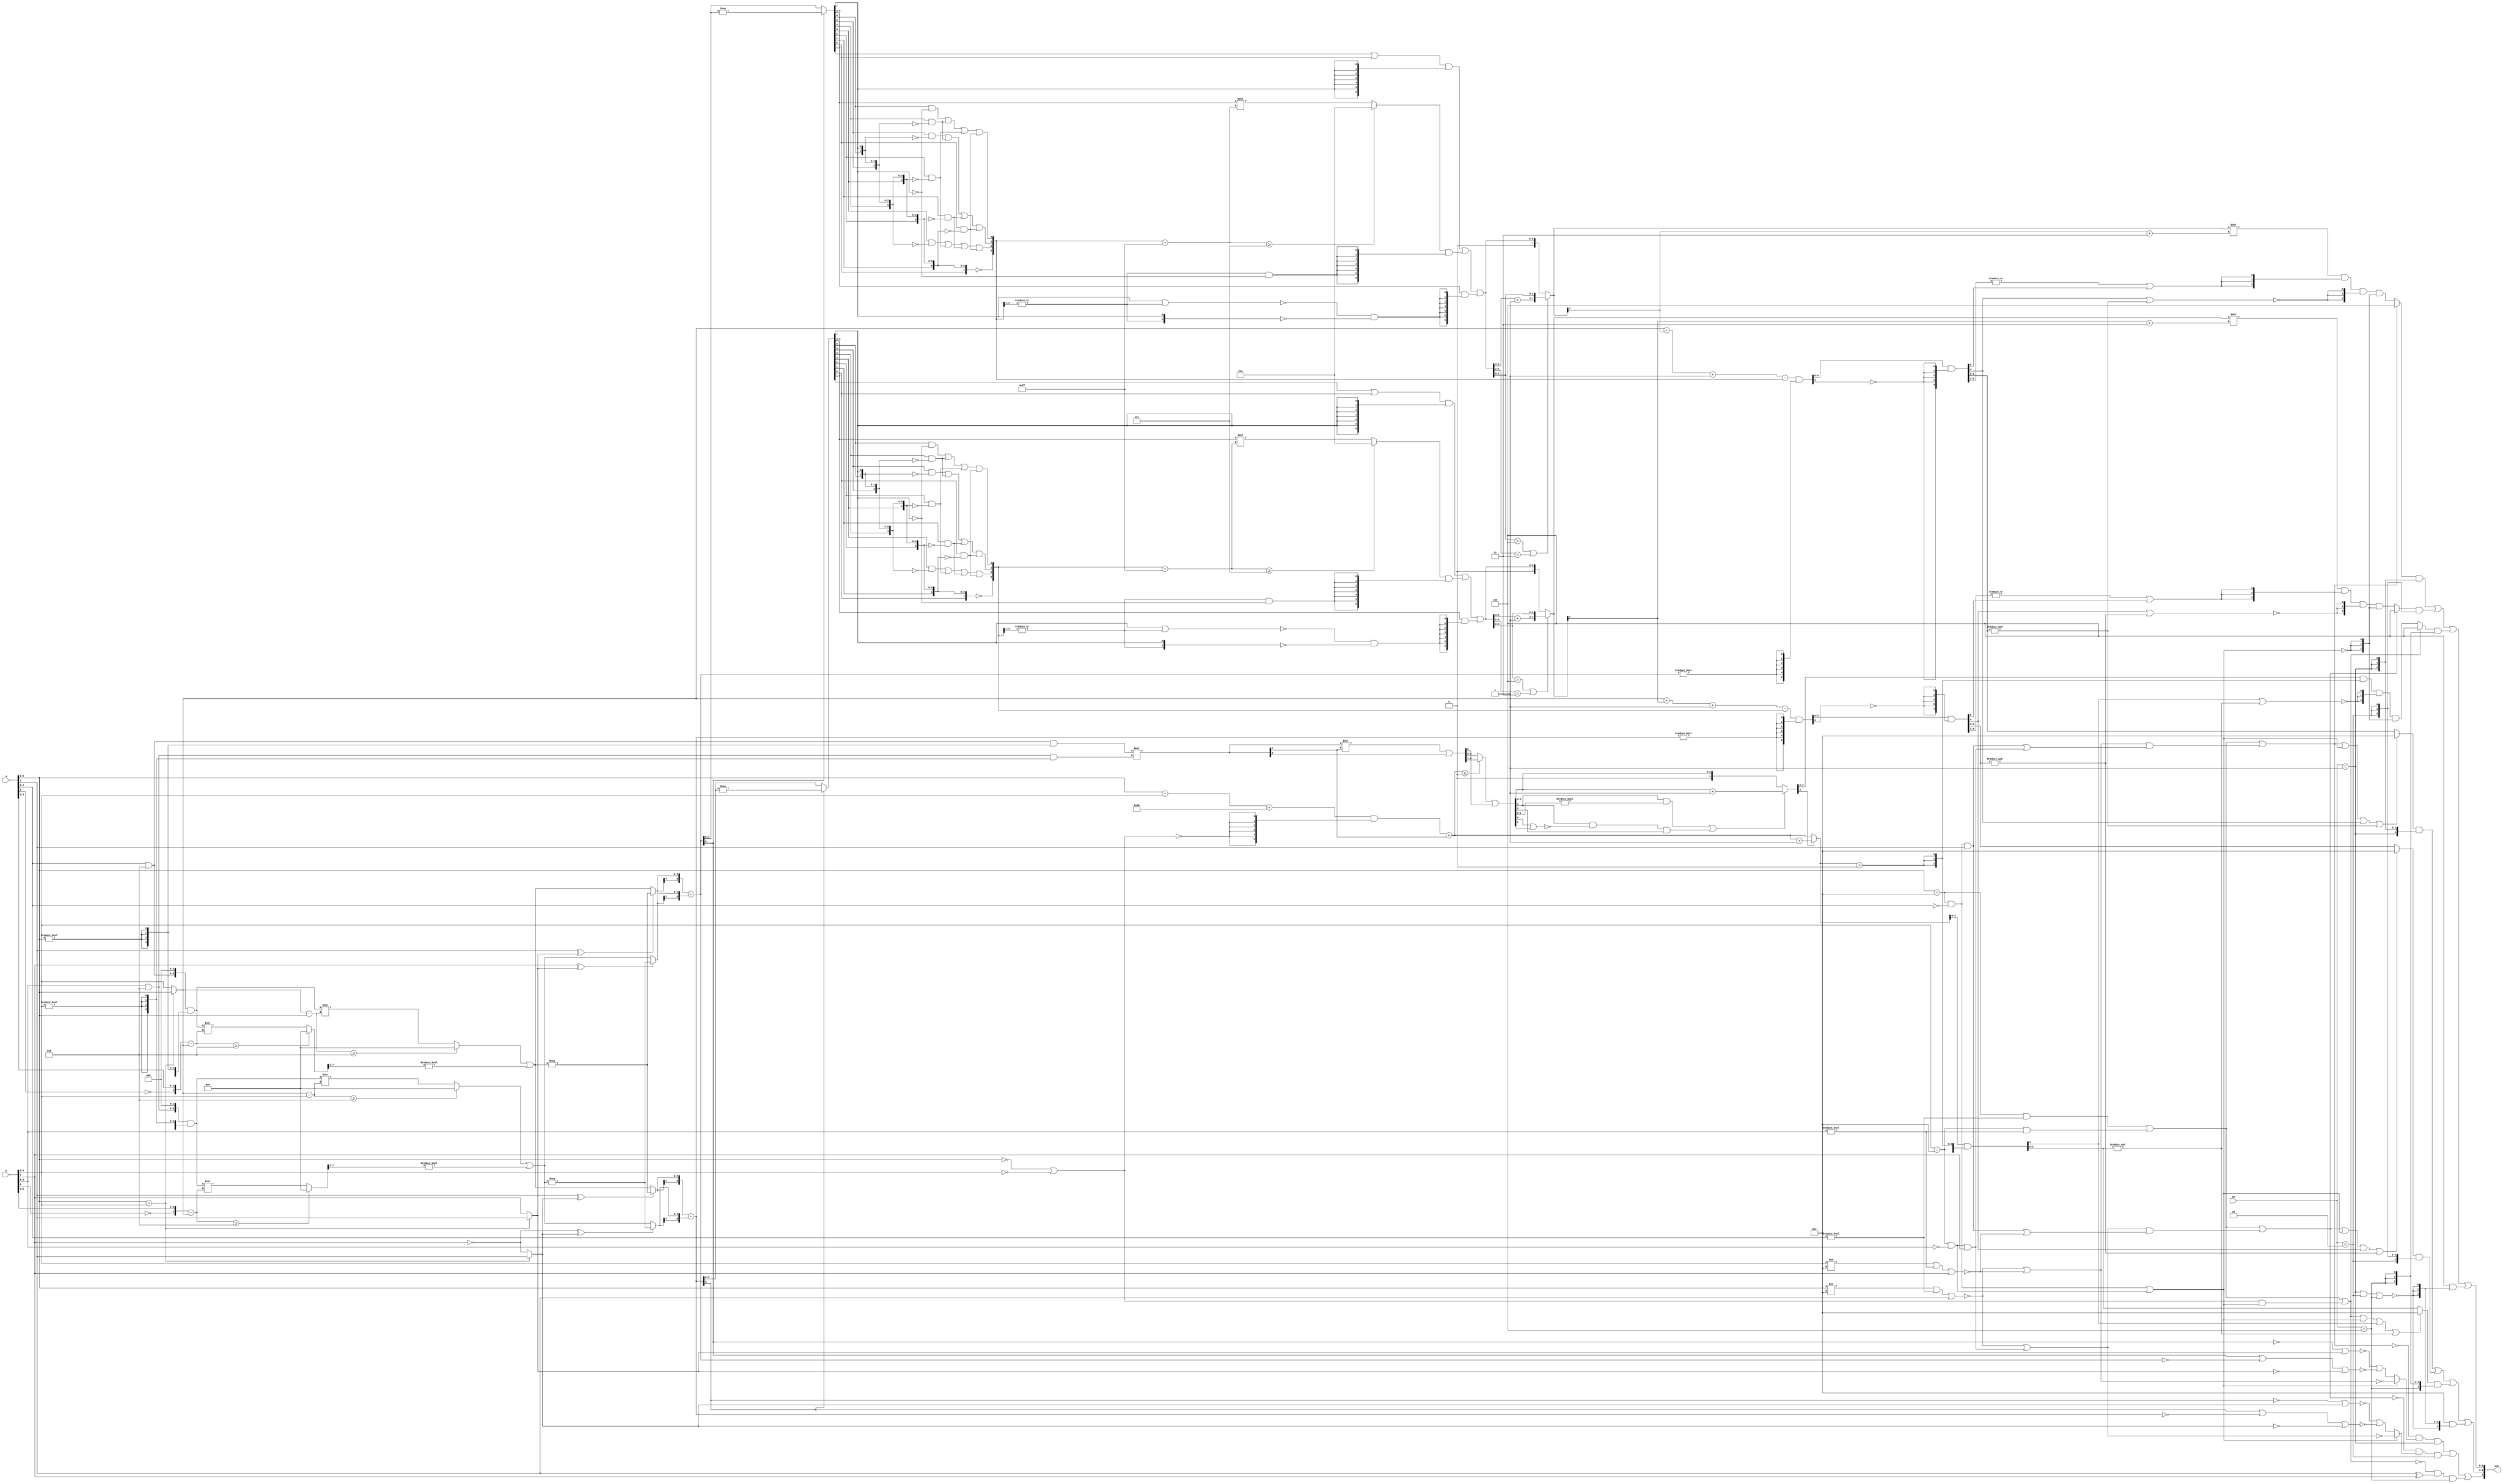
module fpu8(
  input wire [2:0] op,
  input wire [7:0] a,
  input wire [7:0] b,
  output wire [7:0] out
);
  // lint_off MULTIPLY
  function automatic [7:0] umul8b_4b_x_4b (input reg [3:0] lhs, input reg [3:0] rhs);
    begin
      umul8b_4b_x_4b = lhs * rhs;
    end
  endfunction
  // lint_on MULTIPLY
  wire [2:0] a_fraction__11;
  wire [3:0] a_bexp__11;
  wire [2:0] b_fraction__10;
  wire [3:0] b_bexp__9;
  wire ne_2957;
  wire ugt_2960;
  wire ne_2963;
  wire [7:0] wide_x;
  wire [3:0] greater_exp_bexp;
  wire [7:0] wide_y;
  wire [7:0] wide_x__1;
  wire [3:0] sub_2974;
  wire [7:0] wide_y__1;
  wire [3:0] sub_2976;
  wire [7:0] dropped_x;
  wire [7:0] dropped_y;
  wire [3:0] shift_x;
  wire sticky_x;
  wire [3:0] shift_y;
  wire sticky_y;
  wire b_sign__5;
  wire a_sign__3;
  wire [7:0] shifted_x;
  wire [7:0] shifted_y;
  wire b__1_sign__1;
  wire greater_exp_sign;
  wire [7:0] addend_x__4;
  wire [7:0] addend_y__4;
  wire greater_exp_sign__1;
  wire [7:0] addend_x__5;
  wire [7:0] addend_y__5;
  wire [7:0] addend_x__7;
  wire [7:0] addend_y__7;
  wire [8:0] fraction;
  wire [8:0] fraction__1;
  wire [7:0] abs_fraction__2;
  wire [7:0] abs_fraction__3;
  wire [7:0] reverse_3024;
  wire [7:0] reverse_3025;
  wire [8:0] one_hot_3026;
  wire [8:0] one_hot_3027;
  wire [3:0] encode_3028;
  wire [3:0] encode_3029;
  wire carry_bit;
  wire cancel__2;
  wire carry_bit__1;
  wire cancel__1;
  wire [2:0] concat_3046;
  wire [7:0] leading_zeroes;
  wire [2:0] concat_3051;
  wire [7:0] leading_zeroes__1;
  wire [3:0] a_fraction__18;
  wire [3:0] b_fraction__15;
  wire [3:0] one_hot_3062;
  wire [6:0] carry_fraction;
  wire [7:0] add_3066;
  wire [3:0] one_hot_3067;
  wire [6:0] carry_fraction__2;
  wire [7:0] add_3071;
  wire [3:0] a_fraction__19;
  wire [3:0] b_fraction__16;
  wire [2:0] bit_slice_3078;
  wire [6:0] carry_fraction__1;
  wire [6:0] cancel_fraction;
  wire [2:0] bit_slice_3081;
  wire [6:0] carry_fraction__3;
  wire [6:0] cancel_fraction__1;
  wire [4:0] add_3085;
  wire eq_3086;
  wire eq_3087;
  wire [7:0] fraction__2;
  wire [6:0] shifted_fraction;
  wire [6:0] shifted_fraction__1;
  wire [5:0] exp;
  wire [7:0] fraction__3;
  wire [7:0] sticky;
  wire [2:0] normal_chunk;
  wire [2:0] fraction_high_bit;
  wire [1:0] half_way_chunk;
  wire [2:0] normal_chunk__1;
  wire [2:0] fraction_high_bit__2;
  wire [1:0] half_way_chunk__1;
  wire [5:0] exp__1;
  wire [7:0] fraction__4;
  wire [4:0] add_3124;
  wire [4:0] add_3128;
  wire [5:0] exp__2;
  wire do_round_up;
  wire do_round_up__1;
  wire [7:0] rounded_fraction;
  wire [7:0] rounded_fraction__1;
  wire [7:0] fraction__5;
  wire [7:0] sticky__1;
  wire rounding_carry;
  wire rounding_carry__1;
  wire [7:0] fraction__6;
  wire [4:0] concat_3153;
  wire [4:0] add_3161;
  wire [4:0] add_3163;
  wire [2:0] fraction__7;
  wire greater_than_half_way;
  wire [3:0] fraction__8;
  wire [5:0] add_3182;
  wire [5:0] add_3185;
  wire do_round_up__2;
  wire [3:0] add_3189;
  wire [5:0] wide_exponent;
  wire [5:0] wide_exponent__3;
  wire [3:0] fraction__9;
  wire [5:0] wide_exponent__1;
  wire [5:0] wide_exponent__4;
  wire [5:0] add_3199;
  wire [5:0] exp__3;
  wire sgt_3206;
  wire [3:0] max_exp__7;
  wire [3:0] max_exp__8;
  wire [3:0] max_exp__1;
  wire [3:0] max_exp__2;
  wire [4:0] result_exp;
  wire ne_3222;
  wire ne_3224;
  wire eq_3225;
  wire eq_3226;
  wire eq_3227;
  wire eq_3228;
  wire [4:0] wide_exponent__2;
  wire [4:0] wide_exponent__5;
  wire [4:0] result_exp__1;
  wire nor_3234;
  wire nor_3235;
  wire and_3236;
  wire and_3237;
  wire and_3240;
  wire and_3241;
  wire has_pos_inf;
  wire has_neg_inf;
  wire fraction_is_zero;
  wire has_pos_inf__1;
  wire has_neg_inf__1;
  wire fraction_is_zero__1;
  wire has_0_arg;
  wire has_inf_arg;
  wire [2:0] add_3263;
  wire and_reduce_3267;
  wire [2:0] add_3268;
  wire and_reduce_3272;
  wire and_reduce_3274;
  wire and_3275;
  wire and_3276;
  wire [2:0] fraction_high_bit__5;
  wire [7:0] shrl_3287;
  wire [7:0] shrl_3291;
  wire is_result_nan;
  wire result_sign;
  wire is_result_nan__1;
  wire result_sign__3;
  wire is_result_nan__2;
  wire eq_3302;
  wire eq_3303;
  wire eq_3304;
  wire [2:0] result_fraction;
  wire [2:0] sign_ext_3308;
  wire [2:0] result_fraction__1;
  wire [2:0] result_fraction__6;
  wire result_sign__1;
  wire result_sign__4;
  wire result_sign__6;
  wire [3:0] max_exp__3;
  wire [3:0] max_exp__4;
  wire [3:0] max_exp__5;
  wire [2:0] result_fraction__3;
  wire [2:0] fraction_high_bit__3;
  wire [2:0] result_fraction__2;
  wire [2:0] fraction_high_bit__4;
  wire [2:0] result_fraction__7;
  wire [2:0] fraction_high_bit__6;
  wire [2:0] concat_3334;
  wire result_sign__2;
  wire result_sign__5;
  wire result_sign__7;
  wire [3:0] concat_3338;
  wire [3:0] result_exponent__2;
  wire [3:0] result_exponent__1;
  wire [3:0] result_exp__4;
  wire [3:0] max_exp__6;
  wire [2:0] result_fraction__4;
  wire [2:0] result_fraction__5;
  wire [2:0] result_fraction__8;
  wire [2:0] fraction_high_bit__7;
  assign a_fraction__11 = a[2:0];
  assign a_bexp__11 = a[6:3];
  assign b_fraction__10 = b[2:0];
  assign b_bexp__9 = b[6:3];
  assign ne_2957 = a_bexp__11 != 4'h0;
  assign ugt_2960 = a_bexp__11 > b_bexp__9;
  assign ne_2963 = b_bexp__9 != 4'h0;
  assign wide_x = {{2'h0, a_fraction__11} | 5'h08, 3'h0};
  assign greater_exp_bexp = ugt_2960 ? a_bexp__11 : b_bexp__9;
  assign wide_y = {{2'h0, b_fraction__10} | 5'h08, 3'h0};
  assign wide_x__1 = wide_x & {8{ne_2957}};
  assign sub_2974 = {~a_bexp__11[3], a_bexp__11[2:0]} - greater_exp_bexp;
  assign wide_y__1 = wide_y & {8{ne_2963}};
  assign sub_2976 = {~b_bexp__9[3], b_bexp__9[2:0]} - greater_exp_bexp;
  assign dropped_x = sub_2974 >= 4'h8 ? 8'h00 : wide_x__1 << sub_2974;
  assign dropped_y = sub_2976 >= 4'h8 ? 8'h00 : wide_y__1 << sub_2976;
  assign shift_x = greater_exp_bexp - a_bexp__11;
  assign sticky_x = dropped_x[7:3] != 5'h00;
  assign shift_y = greater_exp_bexp - b_bexp__9;
  assign sticky_y = dropped_y[7:3] != 5'h00;
  assign b_sign__5 = b[7:7];
  assign a_sign__3 = a[7:7];
  assign shifted_x = shift_x >= 4'h8 ? 8'h00 : wide_x__1 >> shift_x;
  assign shifted_y = shift_y >= 4'h8 ? 8'h00 : wide_y__1 >> shift_y;
  assign b__1_sign__1 = ~b_sign__5;
  assign greater_exp_sign = ugt_2960 ? a_sign__3 : b_sign__5;
  assign addend_x__4 = shifted_x | {7'h00, sticky_x};
  assign addend_y__4 = shifted_y | {7'h00, sticky_y};
  assign greater_exp_sign__1 = ugt_2960 ? a_sign__3 : b__1_sign__1;
  assign addend_x__5 = a_sign__3 ^ greater_exp_sign ? -addend_x__4 : addend_x__4;
  assign addend_y__5 = b_sign__5 ^ greater_exp_sign ? -addend_y__4 : addend_y__4;
  assign addend_x__7 = a_sign__3 ^ greater_exp_sign__1 ? -addend_x__4 : addend_x__4;
  assign addend_y__7 = b__1_sign__1 ^ greater_exp_sign__1 ? -addend_y__4 : addend_y__4;
  assign fraction = {{1{addend_x__5[7]}}, addend_x__5} + {{1{addend_y__5[7]}}, addend_y__5};
  assign fraction__1 = {{1{addend_x__7[7]}}, addend_x__7} + {{1{addend_y__7[7]}}, addend_y__7};
  assign abs_fraction__2 = fraction[8] ? -fraction[7:0] : fraction[7:0];
  assign abs_fraction__3 = fraction__1[8] ? -fraction__1[7:0] : fraction__1[7:0];
  assign reverse_3024 = {abs_fraction__2[0], abs_fraction__2[1], abs_fraction__2[2], abs_fraction__2[3], abs_fraction__2[4], abs_fraction__2[5], abs_fraction__2[6], abs_fraction__2[7]};
  assign reverse_3025 = {abs_fraction__3[0], abs_fraction__3[1], abs_fraction__3[2], abs_fraction__3[3], abs_fraction__3[4], abs_fraction__3[5], abs_fraction__3[6], abs_fraction__3[7]};
  assign one_hot_3026 = {reverse_3024[7:0] == 8'h00, reverse_3024[7] && reverse_3024[6:0] == 7'h00, reverse_3024[6] && reverse_3024[5:0] == 6'h00, reverse_3024[5] && reverse_3024[4:0] == 5'h00, reverse_3024[4] && reverse_3024[3:0] == 4'h0, reverse_3024[3] && reverse_3024[2:0] == 3'h0, reverse_3024[2] && reverse_3024[1:0] == 2'h0, reverse_3024[1] && !reverse_3024[0], reverse_3024[0]};
  assign one_hot_3027 = {reverse_3025[7:0] == 8'h00, reverse_3025[7] && reverse_3025[6:0] == 7'h00, reverse_3025[6] && reverse_3025[5:0] == 6'h00, reverse_3025[5] && reverse_3025[4:0] == 5'h00, reverse_3025[4] && reverse_3025[3:0] == 4'h0, reverse_3025[3] && reverse_3025[2:0] == 3'h0, reverse_3025[2] && reverse_3025[1:0] == 2'h0, reverse_3025[1] && !reverse_3025[0], reverse_3025[0]};
  assign encode_3028 = {one_hot_3026[8], one_hot_3026[4] | one_hot_3026[5] | one_hot_3026[6] | one_hot_3026[7], one_hot_3026[2] | one_hot_3026[3] | one_hot_3026[6] | one_hot_3026[7], one_hot_3026[1] | one_hot_3026[3] | one_hot_3026[5] | one_hot_3026[7]};
  assign encode_3029 = {one_hot_3027[8], one_hot_3027[4] | one_hot_3027[5] | one_hot_3027[6] | one_hot_3027[7], one_hot_3027[2] | one_hot_3027[3] | one_hot_3027[6] | one_hot_3027[7], one_hot_3027[1] | one_hot_3027[3] | one_hot_3027[5] | one_hot_3027[7]};
  assign carry_bit = abs_fraction__2[7];
  assign cancel__2 = |encode_3028[3:1];
  assign carry_bit__1 = abs_fraction__3[7];
  assign cancel__1 = |encode_3029[3:1];
  assign concat_3046 = {~(carry_bit | cancel__2), cancel__2, carry_bit};
  assign leading_zeroes = {4'h0, encode_3028};
  assign concat_3051 = {~(carry_bit__1 | cancel__1), cancel__1, carry_bit__1};
  assign leading_zeroes__1 = {4'h0, encode_3029};
  assign a_fraction__18 = {1'h0, a_fraction__11} | 4'h8;
  assign b_fraction__15 = {1'h0, b_fraction__10} | 4'h8;
  assign one_hot_3062 = {concat_3046[2:0] == 3'h0, concat_3046[2] && concat_3046[1:0] == 2'h0, concat_3046[1] && !concat_3046[0], concat_3046[0]};
  assign carry_fraction = abs_fraction__2[7:1];
  assign add_3066 = leading_zeroes + 8'hff;
  assign one_hot_3067 = {concat_3051[2:0] == 3'h0, concat_3051[2] && concat_3051[1:0] == 2'h0, concat_3051[1] && !concat_3051[0], concat_3051[0]};
  assign carry_fraction__2 = abs_fraction__3[7:1];
  assign add_3071 = leading_zeroes__1 + 8'hff;
  assign a_fraction__19 = a_fraction__18 & {4{ne_2957}};
  assign b_fraction__16 = b_fraction__15 & {4{ne_2963}};
  assign bit_slice_3078 = one_hot_3062[2:0];
  assign carry_fraction__1 = carry_fraction | {6'h00, abs_fraction__2[0]};
  assign cancel_fraction = add_3066 >= 8'h07 ? 7'h00 : abs_fraction__2[6:0] << add_3066;
  assign bit_slice_3081 = one_hot_3067[2:0];
  assign carry_fraction__3 = carry_fraction__2 | {6'h00, abs_fraction__3[0]};
  assign cancel_fraction__1 = add_3071 >= 8'h07 ? 7'h00 : abs_fraction__3[6:0] << add_3071;
  assign add_3085 = {1'h0, a_bexp__11} + {1'h0, b_bexp__9};
  assign eq_3086 = a_bexp__11 == 4'h0;
  assign eq_3087 = b_bexp__9 == 4'h0;
  assign fraction__2 = umul8b_4b_x_4b(a_fraction__19, b_fraction__16);
  assign shifted_fraction = carry_fraction__1 & {7{bit_slice_3078[0]}} | cancel_fraction & {7{bit_slice_3078[1]}} | abs_fraction__2[6:0] & {7{bit_slice_3078[2]}};
  assign shifted_fraction__1 = carry_fraction__3 & {7{bit_slice_3081[0]}} | cancel_fraction__1 & {7{bit_slice_3081[1]}} | abs_fraction__3[6:0] & {7{bit_slice_3081[2]}};
  assign exp = {1'h0, add_3085} + 6'h39;
  assign fraction__3 = fraction__2 >> fraction__2[7];
  assign sticky = {7'h00, fraction__2[0]};
  assign normal_chunk = shifted_fraction[2:0];
  assign fraction_high_bit = 3'h4;
  assign half_way_chunk = shifted_fraction[3:2];
  assign normal_chunk__1 = shifted_fraction__1[2:0];
  assign fraction_high_bit__2 = 3'h4;
  assign half_way_chunk__1 = shifted_fraction__1[3:2];
  assign exp__1 = exp & {6{~(eq_3086 | eq_3087)}};
  assign fraction__4 = fraction__3 | sticky;
  assign add_3124 = {1'h0, shifted_fraction[6:3]} + 5'h01;
  assign add_3128 = {1'h0, shifted_fraction__1[6:3]} + 5'h01;
  assign exp__2 = exp__1 + {5'h00, fraction__2[7]};
  assign do_round_up = normal_chunk > fraction_high_bit | half_way_chunk == 2'h3;
  assign do_round_up__1 = normal_chunk__1 > fraction_high_bit__2 | half_way_chunk__1 == 2'h3;
  assign rounded_fraction = do_round_up ? {add_3124, normal_chunk} : {1'h0, shifted_fraction};
  assign rounded_fraction__1 = do_round_up__1 ? {add_3128, normal_chunk__1} : {1'h0, shifted_fraction__1};
  assign fraction__5 = $signed(exp__2) <= $signed(6'h00) ? {1'h0, fraction__4[7:1]} : fraction__4;
  assign sticky__1 = {7'h00, fraction__4[0]};
  assign rounding_carry = rounded_fraction[7];
  assign rounding_carry__1 = rounded_fraction__1[7];
  assign fraction__6 = fraction__5 | sticky__1;
  assign concat_3153 = {1'h0, greater_exp_bexp};
  assign add_3161 = concat_3153 + {4'h0, rounding_carry};
  assign add_3163 = concat_3153 + {4'h0, rounding_carry__1};
  assign fraction__7 = fraction__6[5:3];
  assign greater_than_half_way = fraction__6[2] & fraction__6[1:0] != 2'h0;
  assign fraction__8 = {1'h0, fraction__7};
  assign add_3182 = {1'h0, add_3161} + 6'h01;
  assign add_3185 = {1'h0, add_3163} + 6'h01;
  assign do_round_up__2 = greater_than_half_way | fraction__6[2] & ~(fraction__6[0] | fraction__6[1]) & fraction__6[3];
  assign add_3189 = fraction__8 + 4'h1;
  assign wide_exponent = add_3182 - {2'h0, encode_3028};
  assign wide_exponent__3 = add_3185 - {2'h0, encode_3029};
  assign fraction__9 = do_round_up__2 ? add_3189 : fraction__8;
  assign wide_exponent__1 = wide_exponent & {6{fraction != 9'h000}};
  assign wide_exponent__4 = wide_exponent__3 & {6{fraction__1 != 9'h000}};
  assign add_3199 = exp__2 + 6'h01;
  assign exp__3 = fraction__9[3] ? add_3199 : exp__2;
  assign sgt_3206 = $signed(exp__3) > $signed(6'h00);
  assign max_exp__7 = 4'hf;
  assign max_exp__8 = 4'hf;
  assign max_exp__1 = 4'hf;
  assign max_exp__2 = 4'hf;
  assign result_exp = exp__3[4:0];
  assign ne_3222 = a_fraction__11 != 3'h0;
  assign ne_3224 = b_fraction__10 != 3'h0;
  assign eq_3225 = a_bexp__11 == max_exp__1;
  assign eq_3226 = a_fraction__11 == 3'h0;
  assign eq_3227 = b_bexp__9 == max_exp__2;
  assign eq_3228 = b_fraction__10 == 3'h0;
  assign wide_exponent__2 = wide_exponent__1[4:0] & {5{~wide_exponent__1[5]}};
  assign wide_exponent__5 = wide_exponent__4[4:0] & {5{~wide_exponent__4[5]}};
  assign result_exp__1 = result_exp & {5{sgt_3206}};
  assign nor_3234 = ~(a_bexp__11 != max_exp__7 | ne_3222 | a_sign__3);
  assign nor_3235 = ~(b_bexp__9 != max_exp__8 | ne_3224 | b_sign__5);
  assign and_3236 = eq_3225 & eq_3226 & a_sign__3;
  assign and_3237 = eq_3227 & eq_3228 & b_sign__5;
  assign and_3240 = eq_3225 & eq_3226;
  assign and_3241 = eq_3227 & eq_3228;
  assign has_pos_inf = nor_3234 | nor_3235;
  assign has_neg_inf = and_3236 | and_3237;
  assign fraction_is_zero = fraction == 9'h000;
  assign has_pos_inf__1 = nor_3234 | and_3237;
  assign has_neg_inf__1 = and_3236 | nor_3235;
  assign fraction_is_zero__1 = fraction__1 == 9'h000;
  assign has_0_arg = eq_3086 | eq_3087;
  assign has_inf_arg = and_3240 | and_3241;
  assign add_3263 = {2'h0, rounding_carry} + 3'h3;
  assign and_reduce_3267 = &wide_exponent__2[3:0];
  assign add_3268 = {2'h0, rounding_carry__1} + 3'h3;
  assign and_reduce_3272 = &wide_exponent__5[3:0];
  assign and_reduce_3274 = &result_exp__1[3:0];
  assign and_3275 = eq_3225 & ne_3222;
  assign and_3276 = eq_3227 & ne_3224;
  assign fraction_high_bit__5 = 3'h4;
  assign shrl_3287 = rounded_fraction >> add_3263;
  assign shrl_3291 = rounded_fraction__1 >> add_3268;
  assign is_result_nan = and_3275 | and_3276 | has_pos_inf & has_neg_inf;
  assign result_sign = ~(~fraction[8] | greater_exp_sign) | ~(fraction[8] | fraction_is_zero | ~greater_exp_sign);
  assign is_result_nan__1 = and_3275 | and_3276 | has_pos_inf__1 & has_neg_inf__1;
  assign result_sign__3 = ~(~fraction__1[8] | greater_exp_sign__1) | ~(fraction__1[8] | fraction_is_zero__1 | ~greater_exp_sign__1);
  assign is_result_nan__2 = and_3275 | and_3276 | has_0_arg & has_inf_arg;
  assign eq_3302 = op == 3'h1;
  assign eq_3303 = op == 3'h2;
  assign eq_3304 = op == fraction_high_bit__5;
  assign result_fraction = shrl_3287[2:0];
  assign sign_ext_3308 = {3{~(and_3240 | and_3241)}};
  assign result_fraction__1 = shrl_3291[2:0];
  assign result_fraction__6 = fraction__9[2:0];
  assign result_sign__1 = has_inf_arg ? ~has_pos_inf : result_sign;
  assign result_sign__4 = has_inf_arg ? ~has_pos_inf__1 : result_sign__3;
  assign result_sign__6 = a_sign__3 ^ b_sign__5;
  assign max_exp__3 = 4'hf;
  assign max_exp__4 = 4'hf;
  assign max_exp__5 = 4'hf;
  assign result_fraction__3 = result_fraction & {3{(|wide_exponent__2[4:1]) | wide_exponent__2[0]}} & {3{~(wide_exponent__2[4] | and_reduce_3267)}} & sign_ext_3308;
  assign fraction_high_bit__3 = 3'h4;
  assign result_fraction__2 = result_fraction__1 & {3{(|wide_exponent__5[4:1]) | wide_exponent__5[0]}} & {3{~(wide_exponent__5[4] | and_reduce_3272)}} & sign_ext_3308;
  assign fraction_high_bit__4 = 3'h4;
  assign result_fraction__7 = result_fraction__6 & {3{sgt_3206}} & {3{~(result_exp__1[4] | and_reduce_3274)}} & sign_ext_3308;
  assign fraction_high_bit__6 = 3'h4;
  assign concat_3334 = {eq_3304, eq_3303, eq_3302};
  assign result_sign__2 = ~is_result_nan & result_sign__1;
  assign result_sign__5 = ~is_result_nan__1 & result_sign__4;
  assign result_sign__7 = ~is_result_nan__2 & result_sign__6;
  assign concat_3338 = {~(eq_3302 | eq_3303 | eq_3304), eq_3304, eq_3303, eq_3302};
  assign result_exponent__2 = is_result_nan | has_inf_arg | wide_exponent__2[4] | and_reduce_3267 ? max_exp__3 : wide_exponent__2[3:0];
  assign result_exponent__1 = is_result_nan__1 | has_inf_arg | wide_exponent__5[4] | and_reduce_3272 ? max_exp__4 : wide_exponent__5[3:0];
  assign result_exp__4 = is_result_nan__2 | has_inf_arg | result_exp__1[4] | and_reduce_3274 ? max_exp__5 : result_exp__1[3:0];
  assign max_exp__6 = 4'hf;
  assign result_fraction__4 = is_result_nan ? fraction_high_bit__3 : result_fraction__3;
  assign result_fraction__5 = is_result_nan__1 ? fraction_high_bit__4 : result_fraction__2;
  assign result_fraction__8 = is_result_nan__2 ? fraction_high_bit__6 : result_fraction__7;
  assign fraction_high_bit__7 = 3'h4;
  assign out = {result_sign__2 & concat_3334[0] | result_sign__5 & concat_3334[1] | result_sign__7 & concat_3334[2], result_exponent__2 & {4{concat_3338[0]}} | result_exponent__1 & {4{concat_3338[1]}} | result_exp__4 & {4{concat_3338[2]}} | max_exp__6 & {4{concat_3338[3]}}, result_fraction__4 & {3{concat_3338[0]}} | result_fraction__5 & {3{concat_3338[1]}} | result_fraction__8 & {3{concat_3338[2]}} | fraction_high_bit__7 & {3{concat_3338[3]}}};
endmodule